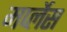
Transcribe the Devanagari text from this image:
मर्प्लेस